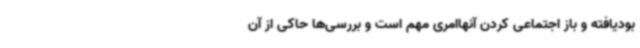
بودیافته و باز اجتماعی کردن آنهاامری مهم است و بررسی‌ها حاکی از آن